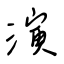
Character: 演